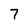
Character: 7